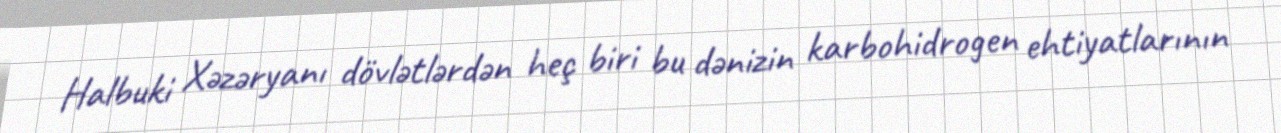
Halbuki Xəzəryanı dövlətlərdən heç biri bu dənizin karbohidrogen ehtiyatlarının